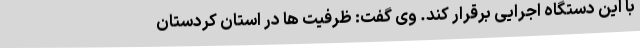
با این دستگاه اجرایی برقرار کند. وی گفت: ظرفیت ها در استان کردستان